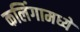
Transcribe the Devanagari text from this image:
कलिंगामध्ये